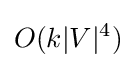
O(k|V|^{4})